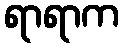
ရာရာက